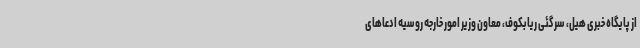
از پایگاه خبری هیل، سرگئی ریابکوف، معاون وزیر امور خارجه روسیه ادعاهای